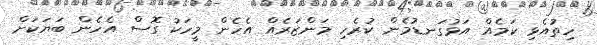
ހިތުއެޅި ކަމެއް އަޅުގަނޑުމެން ކުރެހި މަންޒަރެއް އެހެން މީހަކު ގޮސް އެހެން ބަޔަކަށް